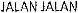
JALAN JALAN